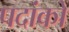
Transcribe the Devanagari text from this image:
पदांकों